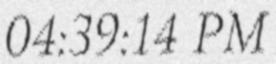
04:39:14 PM